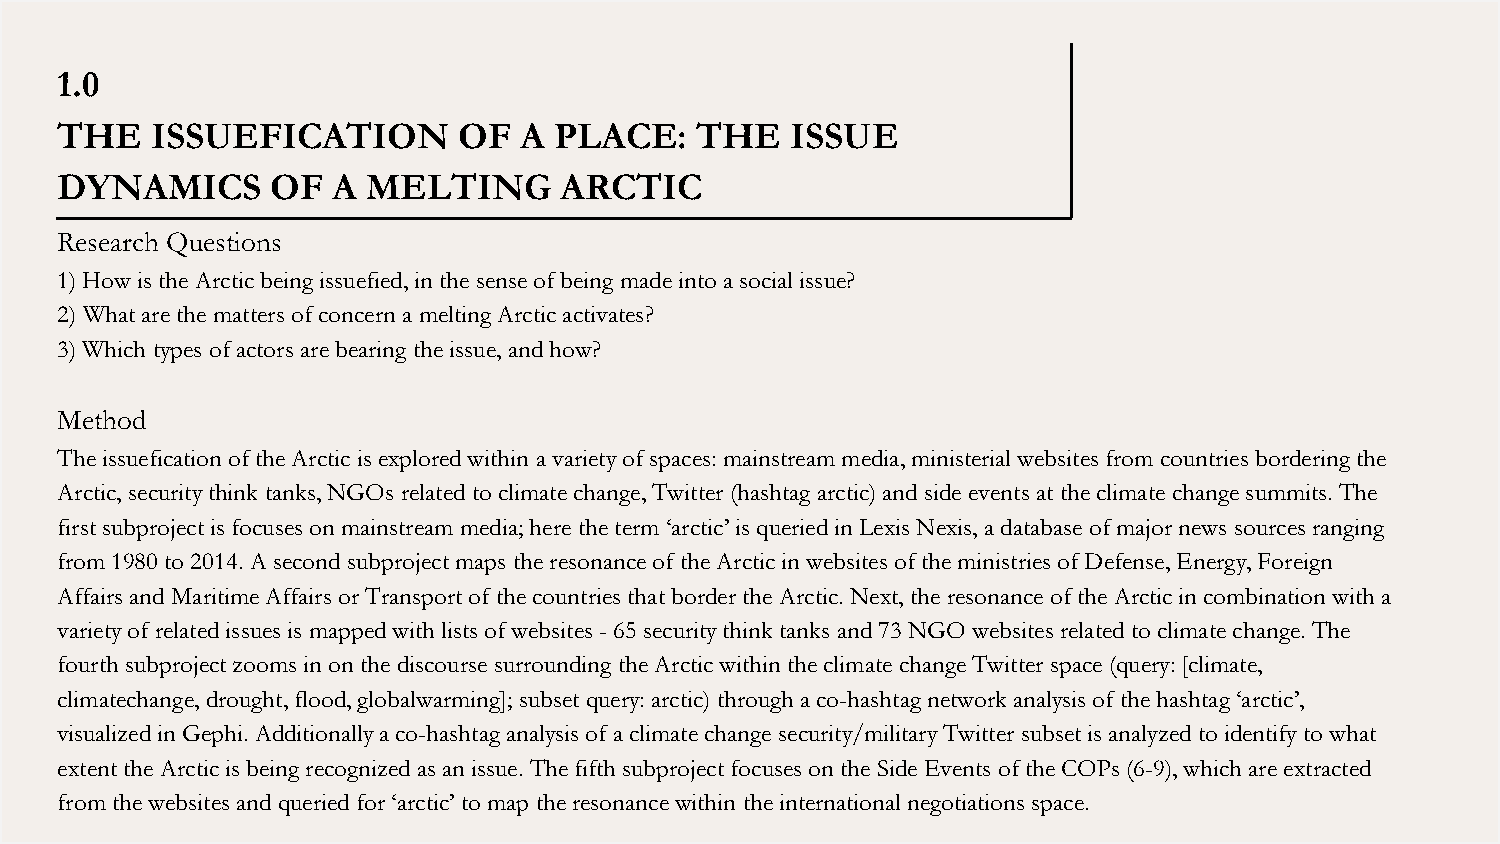
1.0
 THE   ISSUEFICATION       OF  A  PLACE:   THE   ISSUE
 DYNAMICS      OF  A MELTING      ARCTIC
 Research Questions
 1) How is the Arctic being issuefied, in the sense of being made into a social issue?
 2) What are the matters of concern a melting Arctic activates?
 3) Which types of actors are bearing the issue, and how?
 Method
 The issuefication of the Arctic is explored within a variety of spaces: mainstream media, ministerial websites from countries bordering the
 Arctic, security think tanks, NGOs related to climate change, Twitter (hashtag arctic) and side events at the climate change summits. The
 first subproject is focuses on mainstream media; here the term ‘arctic’ is queried in Lexis Nexis, a database of major news sources ranging
 from 1980 to 2014. A second subproject maps the resonance of the Arctic in websites of the ministries of Defense, Energy, Foreign
 Affairs and Maritime Affairs or Transport of the countries that border the Arctic. Next, the resonance of the Arctic in combination with a
 variety of related issues is mapped with lists of websites - 65 security think tanks and 73 NGO websites related to climate change. The
 fourth subproject zooms in on the discourse surrounding the Arctic within the climate change Twitter space (query: [climate,
 climatechange, drought, flood, globalwarming]; subset query: arctic) through a co-hashtag network analysis of the hashtag ‘arctic’,
 visualized in Gephi. Additionally a co-hashtag analysis of a climate change security/military Twitter subset is analyzed to identify to what
 extent the Arctic is being recognized as an issue. The fifth subproject focuses on the Side Events of the COPs (6-9), which are extracted
 from the websites and queried for ‘arctic’ to map the resonance within the international negotiations space.